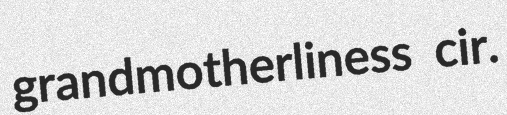
grandmotherliness cir.